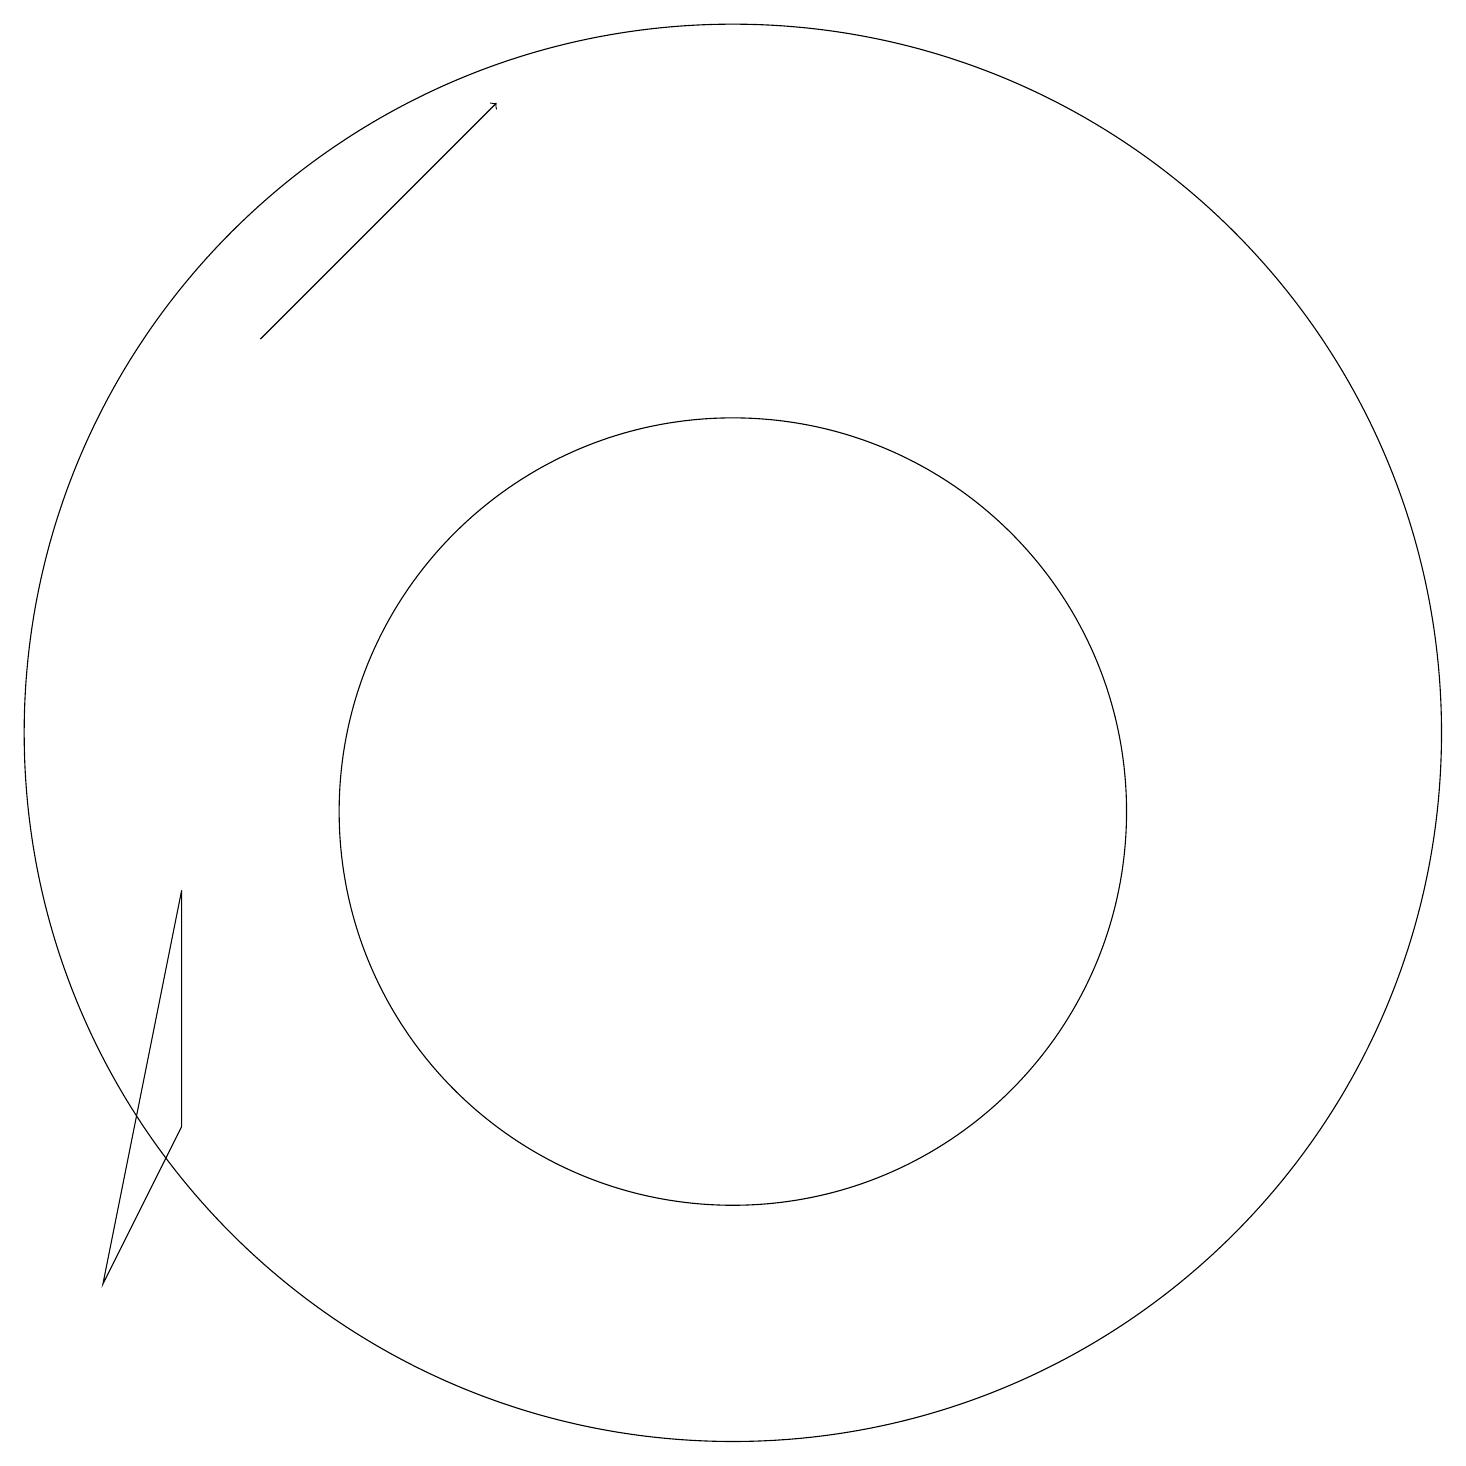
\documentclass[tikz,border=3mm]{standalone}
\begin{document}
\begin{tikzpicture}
\draw (12,11) circle (9);
\draw[->] (6,16) -- (9,19);
\draw (4,4) -- (5,6) -- (5,9) -- cycle;
\draw (12,10) circle (5);
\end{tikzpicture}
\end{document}